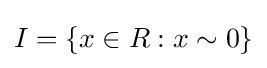
I=\{x\in R:x\sim 0\}